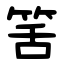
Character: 筈